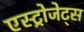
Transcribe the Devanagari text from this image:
एस्‍ट्रोजेट्स